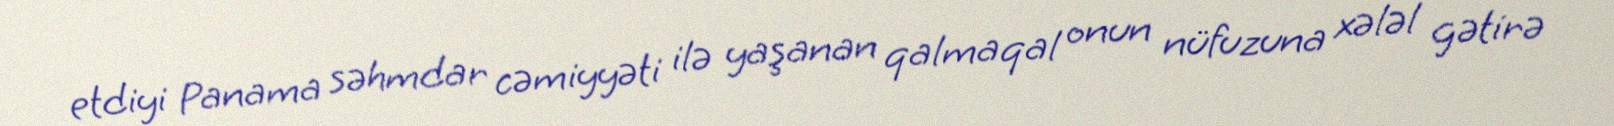
etdiyi Panama səhmdar cəmiyyəti ilə yaşanan qalmaqal onun nüfuzuna xələl gətirə